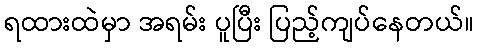
ရထားထဲမှာ အရမ်း ပူပြီး ပြည့်ကျပ်နေတယ်။